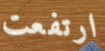
ارتفعت